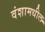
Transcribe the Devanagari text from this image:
वंशामधील